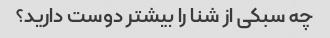
چه سبکی از شنا را بیشتر دوست دارید؟